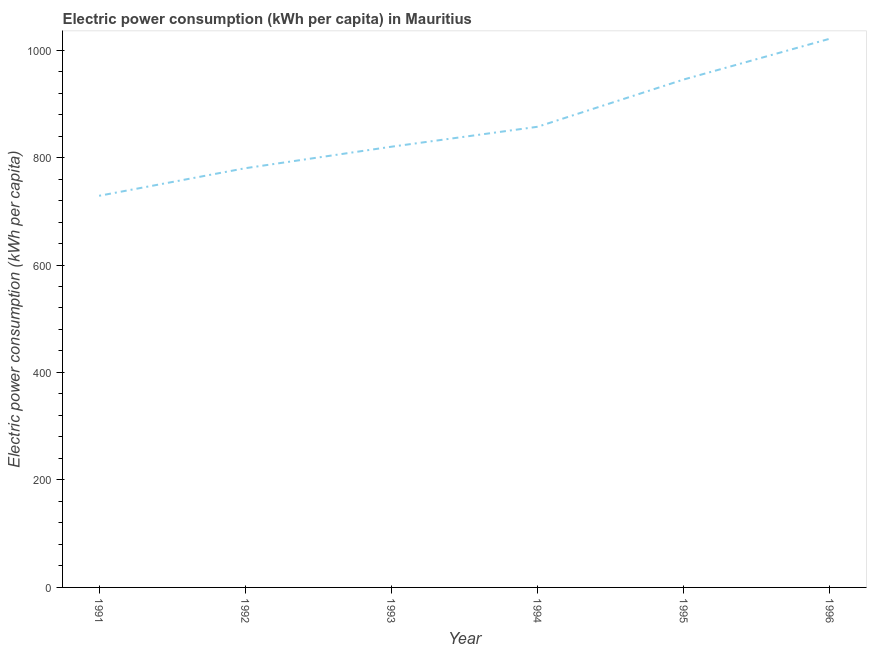
| Year | Electric power consumption |
 | --- | --- |
 | 1991 | 729 |
 | 1992 | 780 |
 | 1993 | 820 |
 | 1994 | 857 |
 | 1995 | 945 |
 | 1996 | 1.02e+03 |